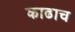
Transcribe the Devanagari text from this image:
काढाच